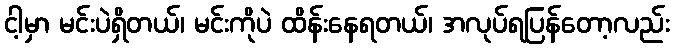
ငါ့မှာ မင်းပဲရှိတယ်၊ မင်းကိုပဲ ထိန်းနေရတယ်၊ အလုပ်ရပြန်တော့လည်း